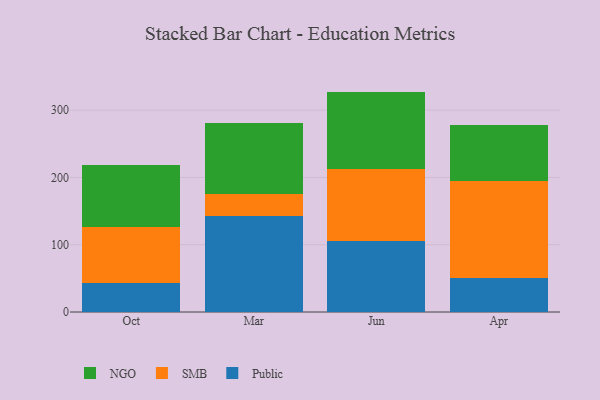
{"axis": {"x": "Month", "y": "Demand Index"}, "legend": ["NGO", "Public", "SMB"], "data": [{"x": "Oct", "y": 42.6, "type": "Public"}, {"x": "Oct", "y": 84.2, "type": "SMB"}, {"x": "Oct", "y": 91.3, "type": "NGO"}, {"x": "Mar", "y": 143.3, "type": "Public"}, {"x": "Mar", "y": 31.5, "type": "SMB"}, {"x": "Mar", "y": 106.4, "type": "NGO"}, {"x": "Jun", "y": 105.3, "type": "Public"}, {"x": "Jun", "y": 107.8, "type": "SMB"}, {"x": "Jun", "y": 114.5, "type": "NGO"}, {"x": "Apr", "y": 49.9, "type": "Public"}, {"x": "Apr", "y": 144.5, "type": "SMB"}, {"x": "Apr", "y": 84.0, "type": "NGO"}]}